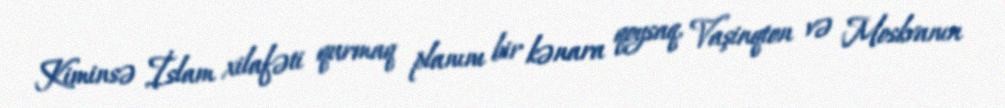
Kiminsə İslam xilafəti qurmaq planını bir kənara qoysaq, Vaşinqton və Moskvanın